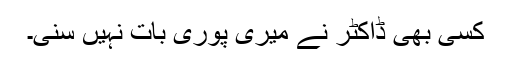
کسی بھی ڈاکٹر نے میری پوری بات نہیں سنی۔